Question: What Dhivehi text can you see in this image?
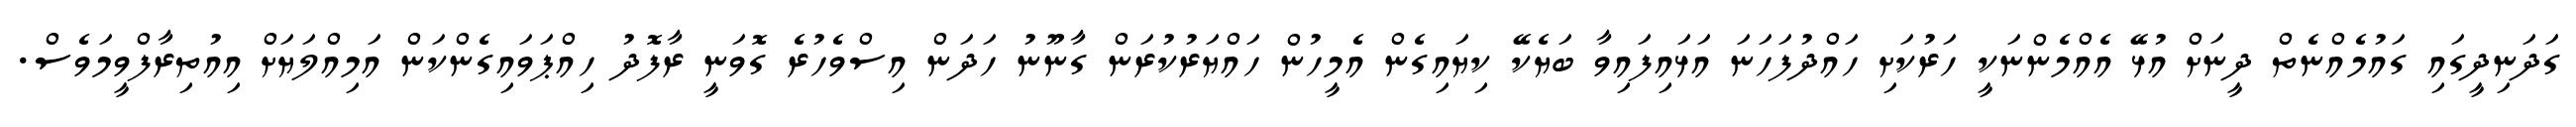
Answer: ގަދަނިދީގައި ގައުމެއްނެތް ދީނަށް އުޅޭ އެއްމެންނަކީ ހަރުކަށި ހައްދުފަހަނަ އަޅައިފައިވާ ބަޔެކޭ ކިޔައިގެން އެމީހުން ހައްޔަރުކުރަން ގާނޫނު ހަދަން އިސްވެހުރެ ގޮވަނީ ރާފޮދު ހިއްޕަވައިގެންކަން އަމިއްލަޔަށް އިއުތިރާފްވީމަވެސް.